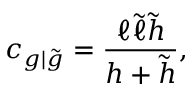
c _ { g | \tilde { g } } = \frac { \ell \tilde { \ell } \tilde { h } } { h + \tilde { h } } ,